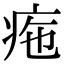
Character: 𤵚